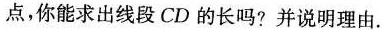
点，你能求出线段CD的长吗?并说明理由。